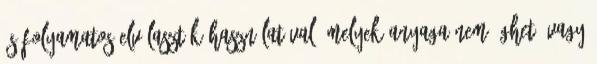
és folyamatos elválasztók használatával, melyek anyaga nem éghetõ vagy